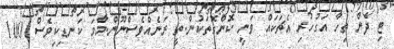
ޓި ދެން ތިހާ އަގުހުރި އެޗަކައް ވަނީ ކޮންގޮތަކުން.ތީ ރަނެއްވެސްނޫން.މާމަ ކަނޑިކިވެސް 100